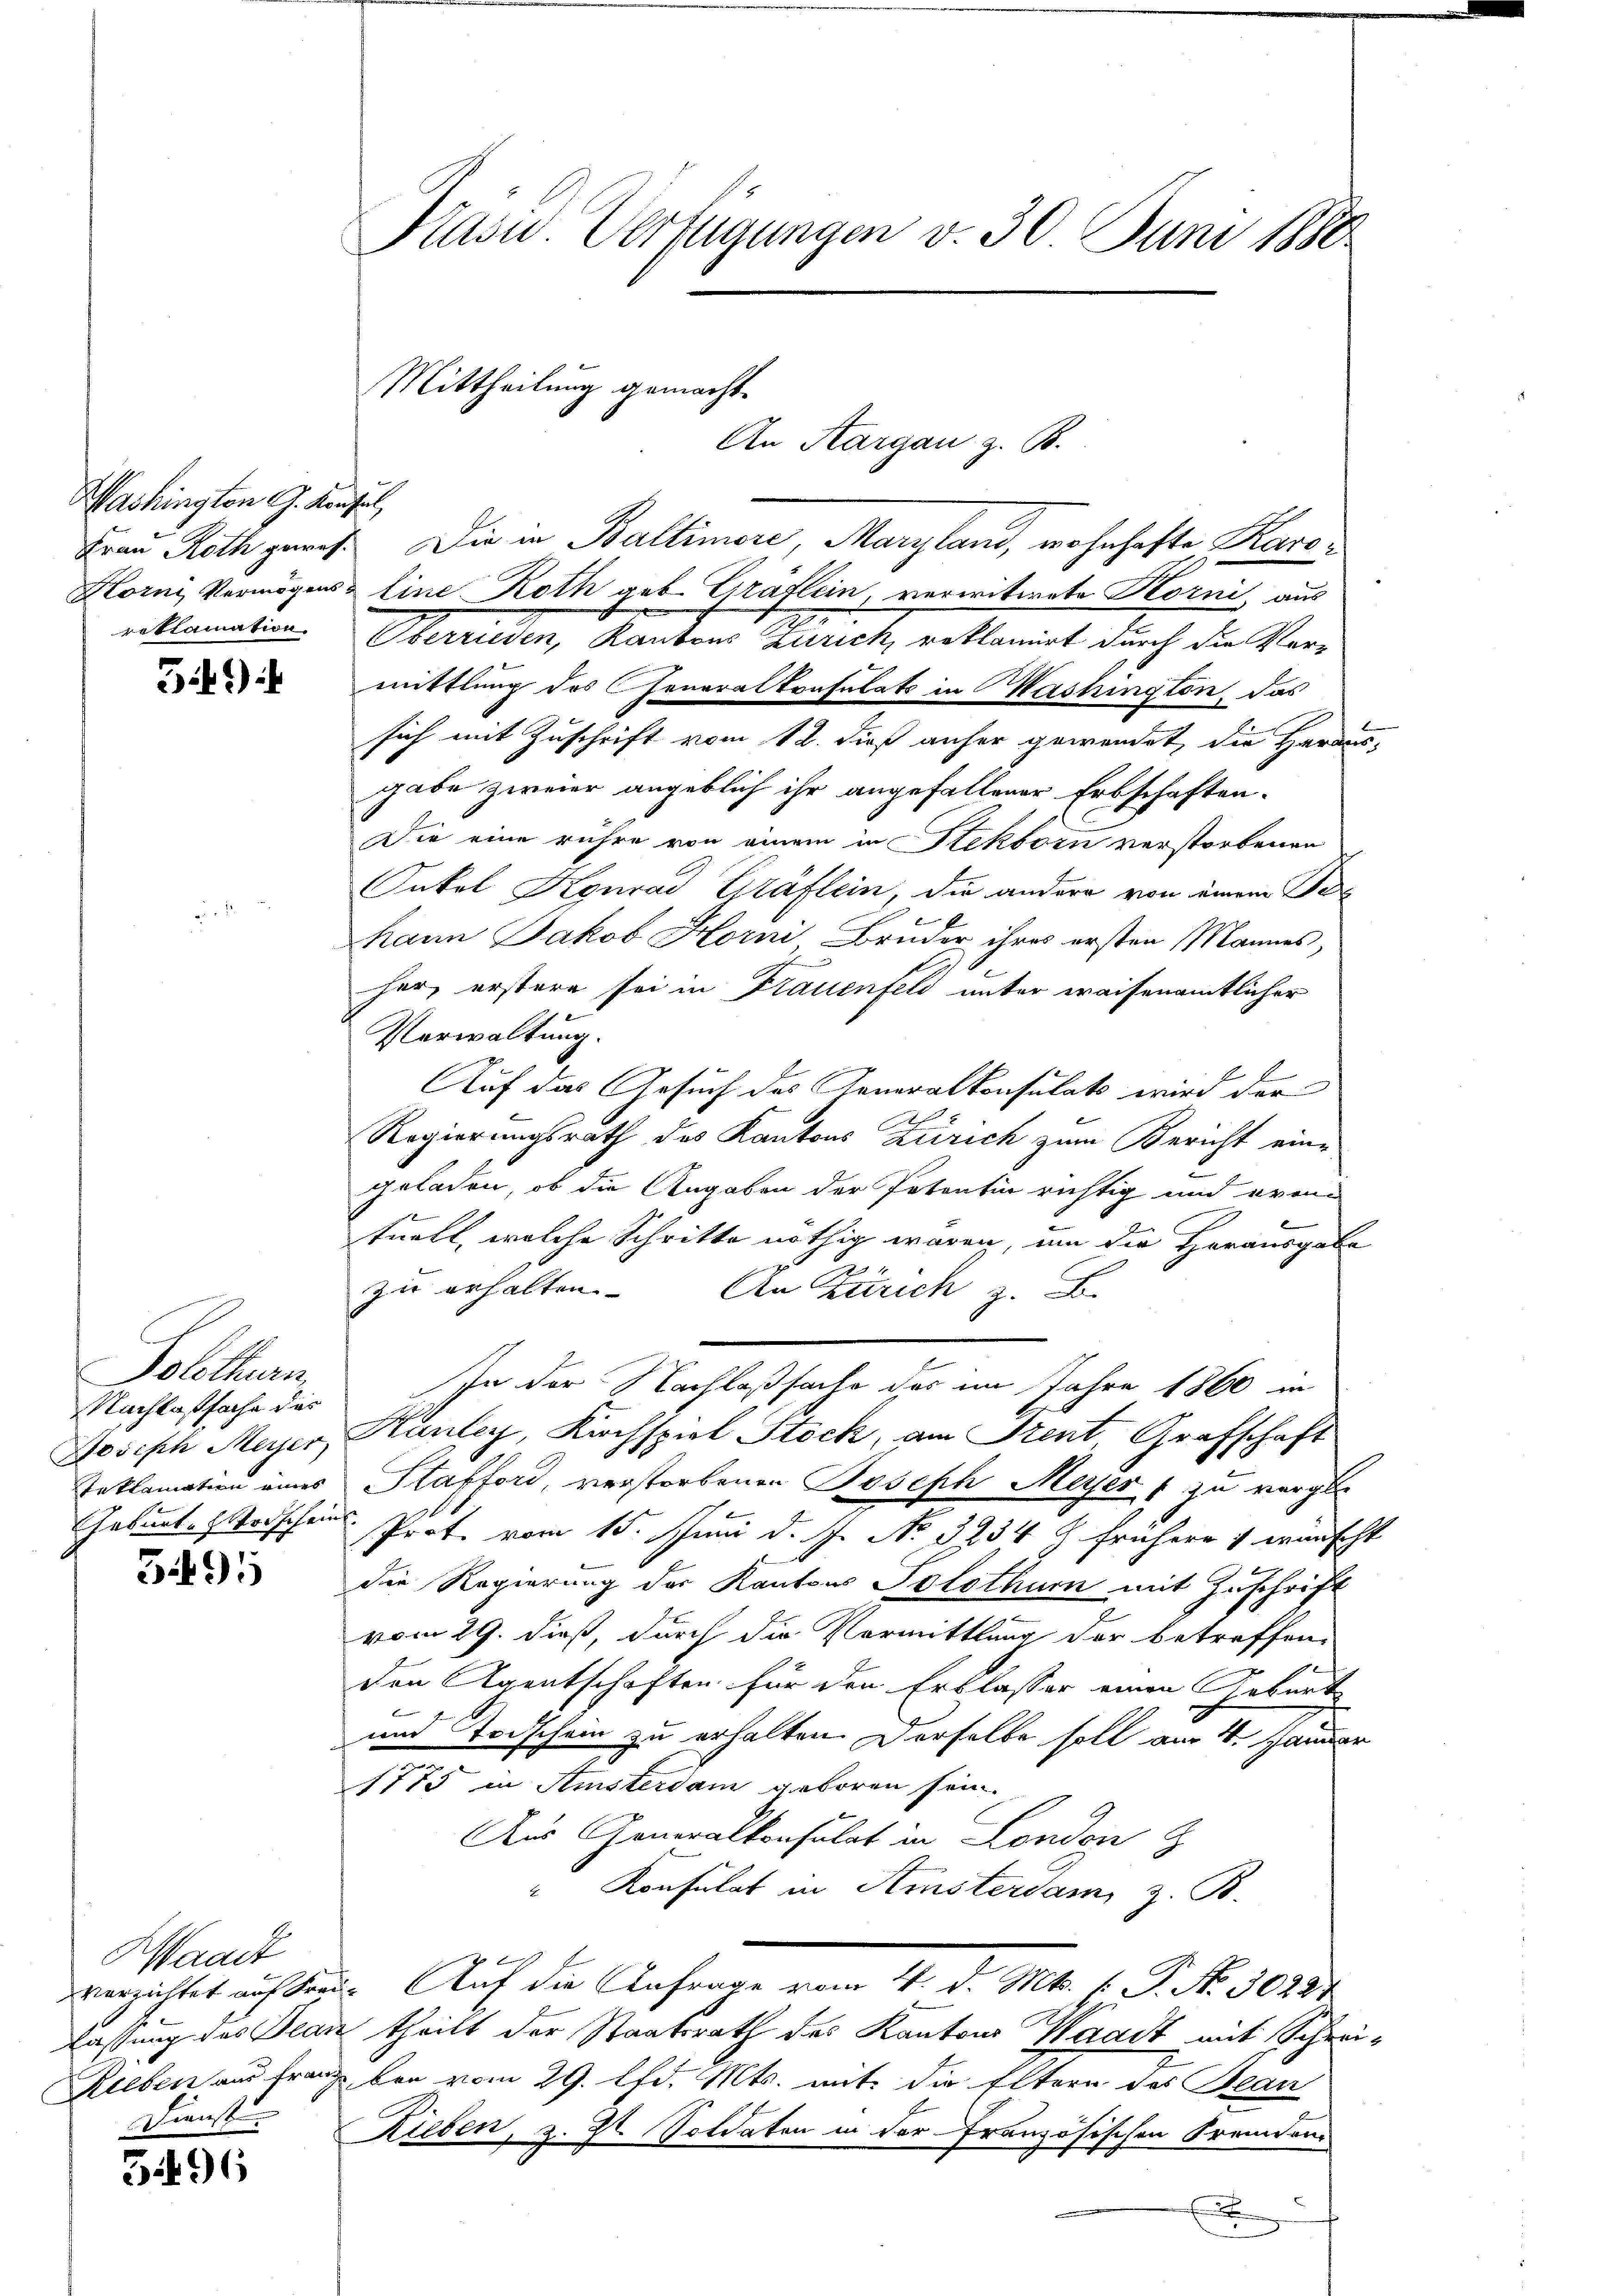
Washington G. Konsul

5f.1)

Solothurn,
Nachlaßsache das

3491

Waadt
Dienst

3496

Präsid. Verfügungen v. 30. Juni 1880

Mittheilung gemacht.

An Aargau z. B.

Frau Roth zurich. Die in Baltimore, Maryland, wohnhafte Karo¬
Horni, Vermögens- Eine Roth geb. Grätlein, verwitwete Korni, aus
reklamation. Oberrieden, Kantons Zürich, reklamirt durch die Vermittlung des Generalkonsulats in Washington, das
sich mit Zuschrift vom 12. dieß anher gewendet, die Herausgabe zweier angeblich ihr angefallener Erbschaften.
Die eine rühre von einem in Stekborn verstorbenen
Onkel Konrad Gräflein, die andere von einem Behann Jakob Horni Bruder ihres ersten Mannes,
her, erstere sei in Frauenfeld unter waisenamtlicher
Verwaltung.
Auf das Gesuch des Generalkonsulats wird der
Regierungsrath des Kantons Zürich zum Bericht eine
geladen, ob die Angaben der Petentin richtig und even
e
b
troll, welche Schritte nöthig wären, um die Herausgabe
zu erhalten. An Zürich z. B.
In der Nachlaßsache des im Jahre 1860 in
Joseph Meyer, Kanzley, Kirchspiel Stock, am Prent, Grafschaft
Teklamation eines Stafford, verstorbenen Joseph Meyers zu vergle
Geburt Horscheins Prof. vom 15. Juni d. J. No. 3234 frühere wünscht
die Regierung der Kantons Solothur mit Zuschrift
vom 29. dieß, durch die Vormittlung der betreffen-
den Agentschaften für den Erblasser einen Geburt
und Todschein zu erhalten. Derselbe soll am 4. Januar
1775 in Amsterdam geboren sein.
Aus Generalkonsulat in London z
" Konsulat in Amsterdam, z. B.
verzichtet auf Frau. Auf die Anfrage vom 4. d. Mts. (: P. N. 30227
lassung des Jean theilt der Staatsrath des Kantons Waadt mit Schrei-
Rieben aus franz bei vom 29. lfd. Mts. mit die Eltern des Bearz
Rieben, z. Zt. Soldaten in der Französischen Fremden
t